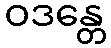
ဝဒန္တေ